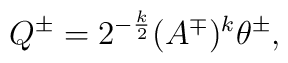
Q^\pm=2^{-\frac k2}(A^\mp)^k\theta^\pm,